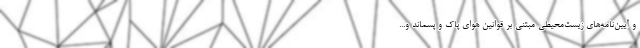
و آیین‌نامه‌های زیست‌محیطی مبتنی بر قوانین هوای پاک و پسماند و...